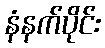
နံနက်ပိုင်း